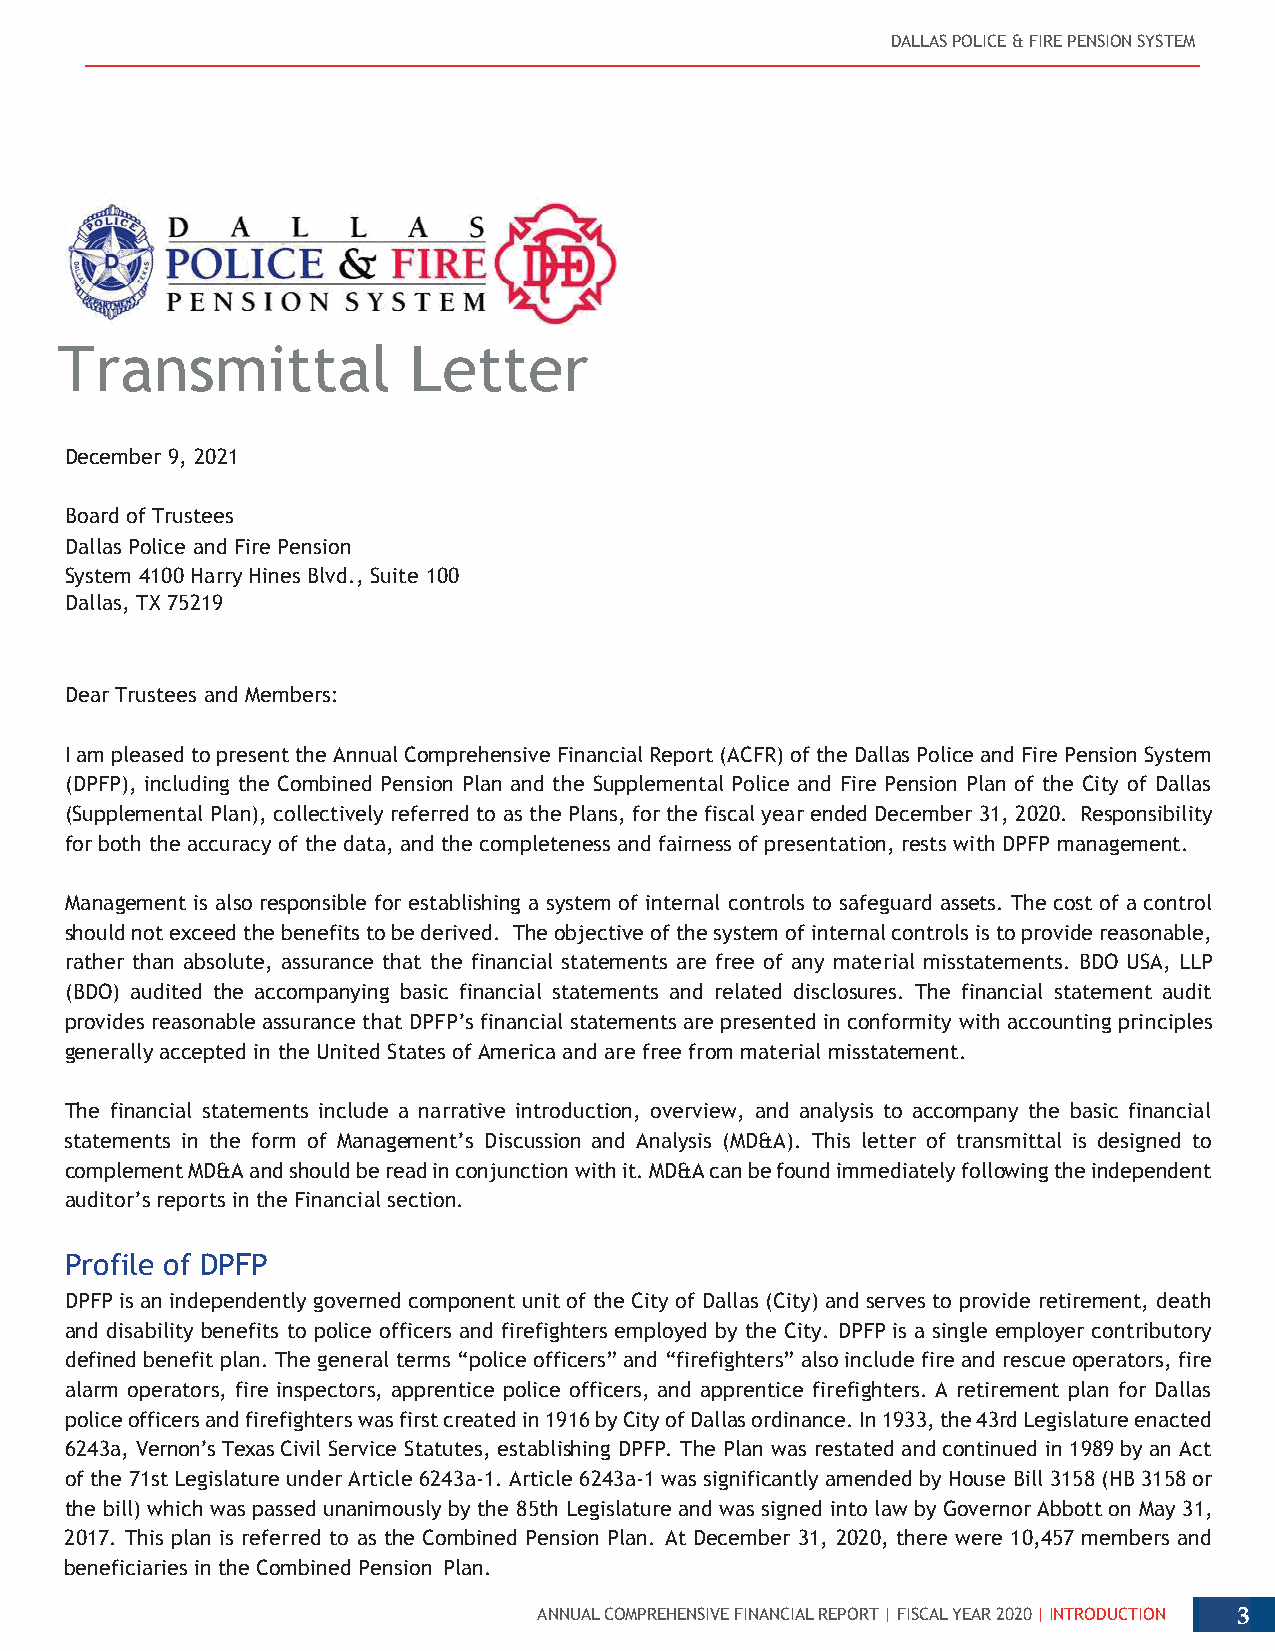
DALLAS POLICE & FIRE PENSION SYSTEM
 Transmittal            Letter
 December 9, 2021
 Board of Trustees
 Dallas Police and Fire Pension
 System 4100 Harry Hines Blvd., Suite 100
 Dall as, TX 75219
 Dear Trustees and Members:
 I am pleased to present the Annual Comprehensive Financial Report (ACFR) of the Dallas Police and Fire Pension System
 (DPFP), including the Combined Pension Plan and the Supplemental Police and Fire Pension Plan of the City of Dallas
 (Supplemental Plan), collectively referred to as the Plans, for the fiscal year ended December 31, 2020. Responsibility
 for both the accuracy of the data, and the completeness and fairness of presentation, rests with DPFP management.
 Management is also responsible for establishing a system of internal controls to safeguard assets. The cost of a control
 should not exceed the benefits to be derived. The objective of the system of internal controls is to provide reasonable,
 rather than absolute, assurance that the financial statements are free of any material misstatements. BDO USA, LLP
 (BDO) audited the accompanying basic financial statements and related disclosures. The financial statement audit
 provides reasonable assurance that DPFP’s financial statements are presented in conformity with accounting principles
 generally accepted in the United States of America and are free from material misstatement.
 The financial statements include a narrative introduction, overview, and analysis to accompany the basic financial
 statements in the form of Management’s Discussion and Analysis (MD&A). This letter of transmittal is designed to
 complement MD&A and should be read in conjunction with it. MD&A can be found immediately following the independent
 auditor’s reports in the Financial section.
 Profile of DPFP
 DPFP is an independently governed component unit of the City of Dallas (City) and serves to provide retirement, death
 and disability benefits to police officers and firefighters employed by the City. DPFP is a single employer contributory
 defined benefit plan. The general terms “police officers” and “firefighters” also include fire and rescue operators, fire
 alarm operators, fire inspectors, apprentice police officers, and apprentice firefighters. A retirement plan for Dallas
 police officers and firefighters was first created in 1916 by City of Dallas ordinance. In 1933, the 43rd Legislature enacted
 6243a, Vernon’s Texas Civil Service Statutes, establishing DPFP. The Plan was restated and continued in 1989 by an Act
 of the 71st Legislature under Article 6243a-1. Article 6243a-1 was significantly amended by House Bill 3158 (HB 3158 or
 the bill) which was passed unanimously by the 85th Legislature and was signed into law by Governor Abbott on May 31,
 2017. This plan is referred to as the Combined Pension Plan. At December 31, 2020, there were 10,457 members and
 beneficiaries in the Combined Pension Plan.
 ANNUAL COMPREHENSIVE FINANCIAL REPORT | FISCAL YEAR 2020 | INTRODUCTION 3